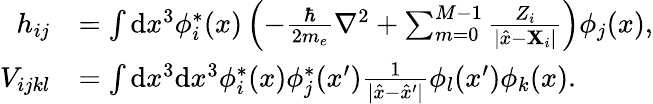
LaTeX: \begin{array}{rl}{h_{ij}}&{=\int\mathrm{d}x^{3}\phi_{i}^{\ast}(x)\left(-\frac{\hbar}{2m_{e}}\nabla^{2}+\sum_{m=0}^{M-1}\frac{Z_{i}}{|\hat{x}-\mathbf{X}_{i}|}\right)\phi_{j}(x),}\\ {V_{ijkl}}&{=\int\mathrm{d}x^{3}\mathrm{d}x^{3}\phi_{i}^{\ast}(x)\phi_{j}^{\ast}(x^{\prime})\frac{1}{|\hat{x}-\hat{x}^{\prime}|}\phi_{l}(x^{\prime})\phi_{k}(x).}\end{array}